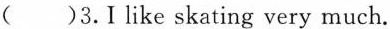
()3.Ilike skating very much.